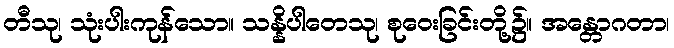
တီသု၊ သုံးပါးကုန်သော။ သန္နိပါတေသု၊ စုဝေးခြင်းတို့၌။ အန္တောဂတာ၊